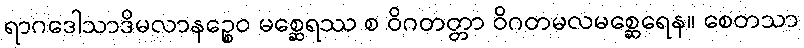
ရာဂဒေါသာဒိမလာနဉ္စေဝ မစ္ဆေရဿ စ ဝိဂတတ္တာ ဝိဂတမလမစ္ဆေရေန။ စေတသာ